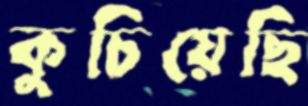
কুচিয়েছি